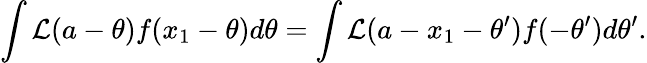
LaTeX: \int\mathcal{L}(a-\theta)f(x_{1}-\theta)d\theta=\int\mathcal{L}(a-x_{1}-\theta^{\prime})f(-\theta^{\prime})d\theta^{\prime}.